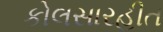
કોલસારહીત